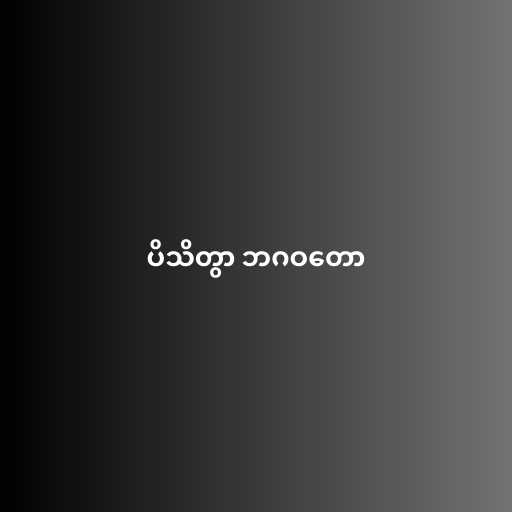
ပိသိတွာ ဘဂဝတော